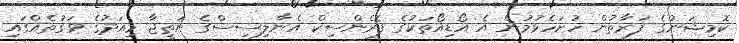
ކޮމިޝަނުގެ ފަރާތުން ހުށަހެޅުމުން އެ އޯޑިއޯތަކުގެ ފޮރެންސިކް އެނާލިސިސްގެ ނަތީޖާ މިއަދުގެ ވަގުތެއްގައި